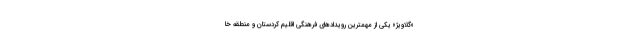
«گلاویژ» یکی از مهمترین رویدادهای فرهنگی اقلیم کردستان و منطقه خا